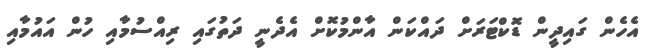
އެހެން ގައިދީން ޑޮކްޓަރަށް ދައްކަން އާންމުކޮށް އެދެނީ ދަތުގައި ރިއްސުމާއި ހުން އައުމާއި